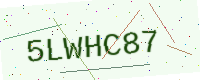
Text: 5LWHC87